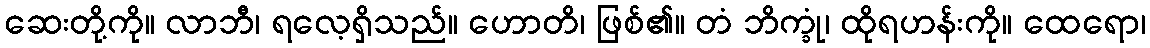
ဆေးတို့ကို။ လာဘီ၊ ရလေ့ရှိသည်။ ဟောတိ၊ ဖြစ်၏။ တံ ဘိက္ခုံ၊ ထိုရဟန်းကို။ ထေရော၊